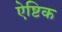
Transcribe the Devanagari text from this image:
ऐष्टिक